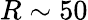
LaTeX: R\sim 50